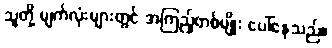
သူတို့ မျက်လုံးများတွင် အကြည့်တစ်မျိုး ပေါ်နေသည်။